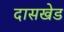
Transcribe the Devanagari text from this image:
दासखेड